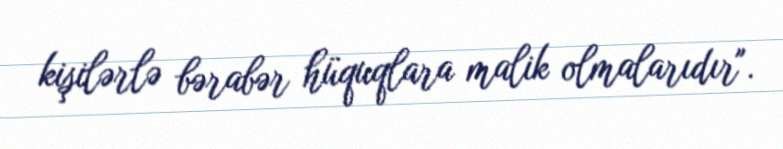
kişilərlə bərabər hüquqlara malik olmalarıdır".